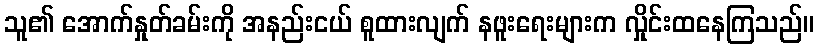
သူ၏ အောက်နှုတ်ခမ်းကို အနည်းငယ် စူထားလျက် နဖူးရေးများက လှိုင်းထနေကြသည်။